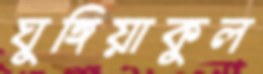
ঘুঙ্গিয়াকুল